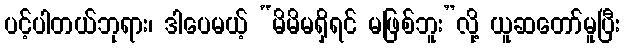
ပင့်ပါတယ်ဘုရား၊ ဒါပေမယ့် “မိမိမရှိရင် မဖြစ်ဘူး”လို့ ယူဆတော်မူပြီး